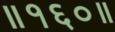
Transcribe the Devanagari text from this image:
॥१६०॥